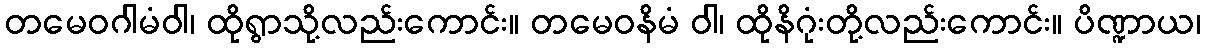
တမေဝဂါမံဝါ၊ ထိုရွာသို့လည်းကောင်း။ တမေဝနိမံ ဝါ၊ ထိုနိဂုံးတို့လည်းကောင်း။ ပိဏ္ဍာယ၊